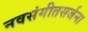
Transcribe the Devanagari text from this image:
नवसंगीतसर्जना